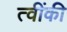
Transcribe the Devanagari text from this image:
त्वींकी